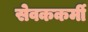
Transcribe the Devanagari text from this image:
सेवककर्मी